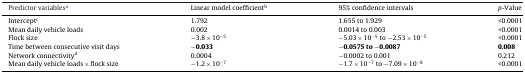
| Predictor variablesa | Linear model coefficientb | 95% confidence intervals | p-Value |
 | --- | --- | --- | --- |
 | Interceptc | 1.792 | 1.655 to 1.929 | <0.0001 |
 | Mean daily vehicle loads | 0.002 | 0.0014 to 0.003 | <0.0001 |
 | Flock size | −3.8 × 10−5 | −5.03 × 10−5 to −2.53 × 10−5 | <0.0001 |
 | Time between consecutive visit days | −0.033 | −0.0575 to −0.0087 | 0.008 |
 | Network connectivityd | 0.0004 | −0.0002 to 0.001 | 0.212 |
 | Mean daily vehicle loads × flock size | −1.2 × 10−7 | −1.7 × 10−7 to −7.09 × 10−8 | <0.0001 |